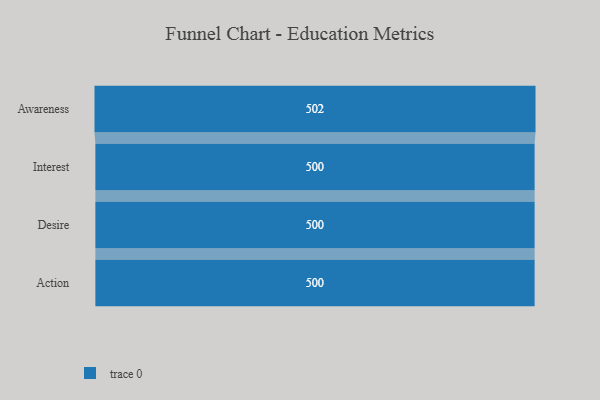
{"axis": {"x": "Stage", "y": "Value"}, "legend": [""], "data": [{"x": "Awareness", "y": 502.0, "type": ""}, {"x": "Interest", "y": 500, "type": ""}, {"x": "Desire", "y": 500, "type": ""}, {"x": "Action", "y": 500, "type": ""}]}